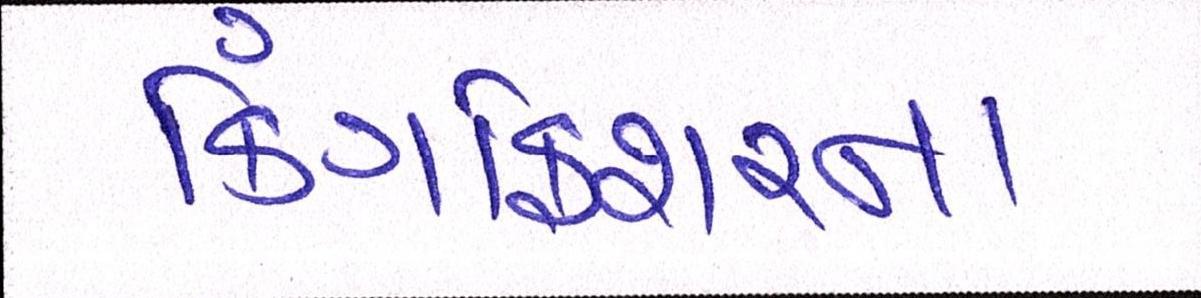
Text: કિંગફિશરના